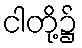
ငါတို့၌